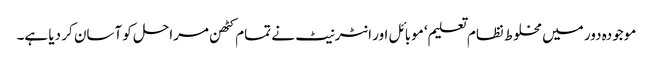
موجودہ دور میں مخلوط نظام تعلیم‘ موبائل اور انٹرنیٹ نے تمام کٹھن مراحل کو آسان کر دیا ہے۔